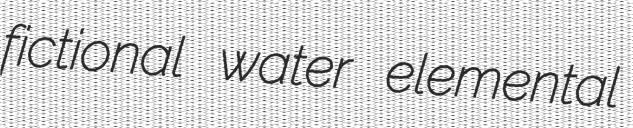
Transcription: fictional water elemental